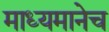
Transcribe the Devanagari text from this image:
माध्यमानेच